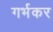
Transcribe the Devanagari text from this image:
गर्भकर